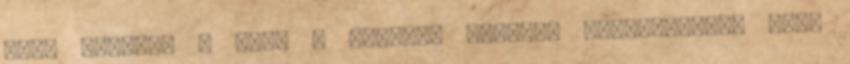
alap nélkül, - hogy a kortárs szerzők tisztázatlan vagy